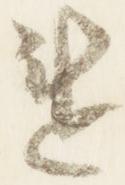
違